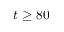
t \ge 8 0